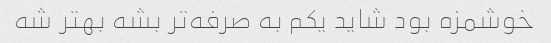
خوشمزه بود شاید یکم به صرفه‌تر بشه بهتر شه